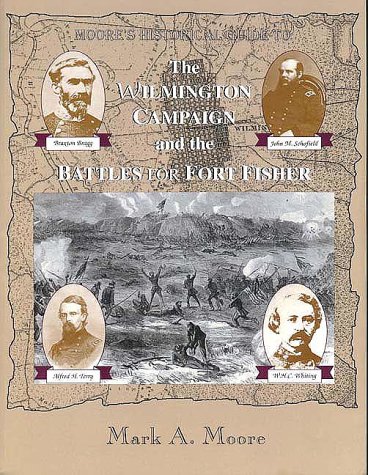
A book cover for The Wilmington Campaign and the Battle for Fort Fisher; Mark A. Moore; Travel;